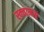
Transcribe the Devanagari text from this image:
स्क्वामस